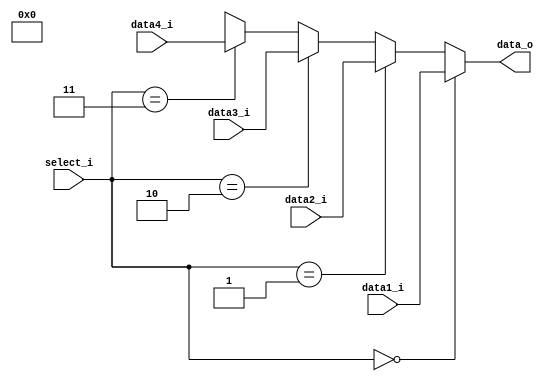
module MUX32_4(
    data1_i,
    data2_i,
    data3_i,
    data4_i,
    select_i,
    data_o
);

input  [31:0] data1_i, data2_i, data3_i, data4_i;
input  [1:0]  select_i;
output [31:0] data_o;

assign data_o = (select_i == 2'b00)? data1_i:
                (select_i == 2'b01)? data2_i:
                (select_i == 2'b10)? data3_i:
                (select_i == 2'b11)? data4_i:
                4'bx;
endmodule